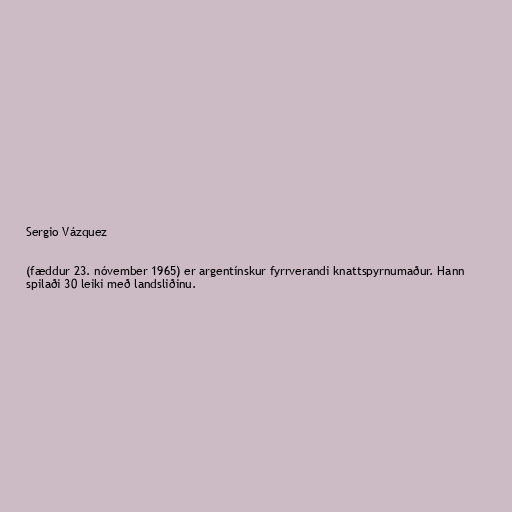
Sergio Vázquez

(fæddur 23. nóvember 1965) er argentínskur fyrrverandi knattspyrnumaður. Hann
spilaði 30 leiki með landsliðinu.